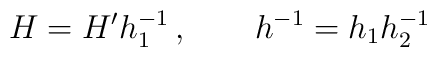
H=H' h_1^{-1}\,,\qquad h^{-1}=h_1 h_2^{-1}